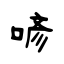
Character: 喭